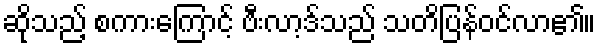
ဆိုသည့် စကားကြောင့် ဗီးလာ့ဒ်သည် သတိပြန်ဝင်လာ၏။